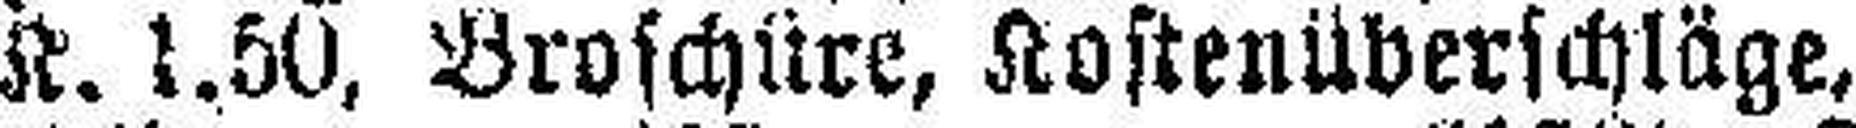
K. 1.50, Broschüre, Kostenüberschläge,